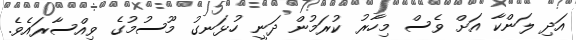
އަދި ލަންކާ އަށް ވެސް މިހާރު ކުރަމުން ދަނީ ހުޅަނގު މޫސުމުގެ ވިއްސާރައެވެ.